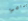
ميامي